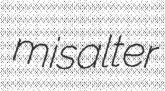
misalter